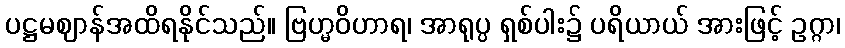
ပဋ္ဌမဈာန်အထိရနိုင်သည်။ ဗြဟ္မဝိဟာရ၊ အာရုပ္ပ ရှစ်ပါး၌ ပရိယာယ် အားဖြင့် ဥဂ္ဂာ၊